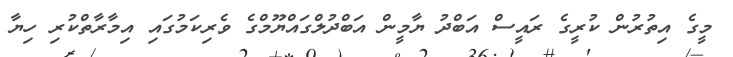
މީގެ އިތުރުން ކުރީގެ ރައީސް އަބްދު ޔާމީން އަބްދުލްގައްޔޫމްގެ ވެރިކަމުގައި އިމާރާތްކުރި ހިޔާ